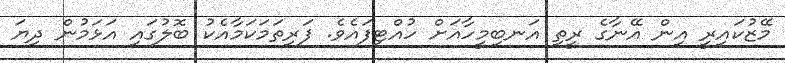
މޭޒުކައިރީ އިން އޭނާގެ ރީތި އަނބިމީހާއަށް ހުއްޓިފައެވެ. ފަރިތަމަކަމާއެކު ބޮލުގައި އަޅަމުން ދިޔަ